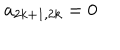
LaTeX: a _ { 2 k + 1 , 2 k } = 0